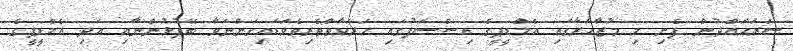
ސަރަޙައްދުން ފެށި މި މުޒާހަރާގައި އެމްޑީޕީގެ އިސްސަފުގައި ހަރަކާތްތެރިވެވަޑައިގަންނަވާ ބޭފުޅުންނާއި އަދި އެމްޑީޕީގެ